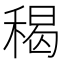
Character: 䅥